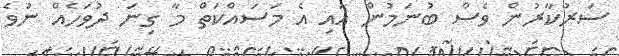
ސަރުކާރުން ވެސް ބުނަމުން އައި އެ މަސައްކަތް މާ ގިނަ ދުވަހެއް ނުވެ